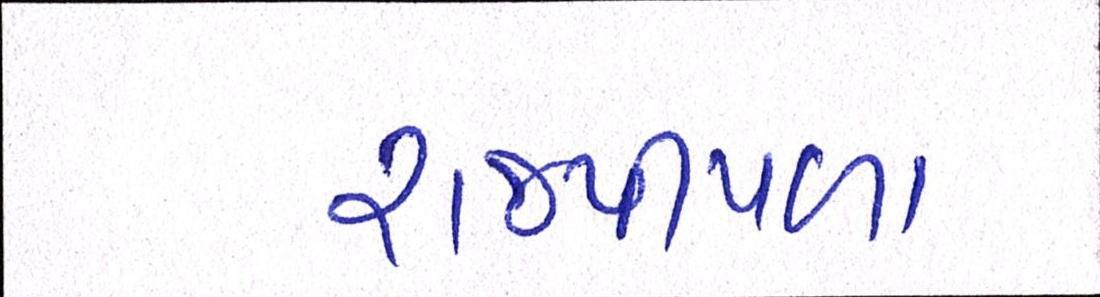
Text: રાજપીપળા